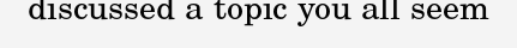
discussed a topic you all seem